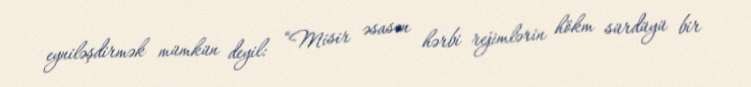
eyniləşdirmək mümkün deyil: “Misir əsasən hərbi rejimlərin hökm sürdüyü bir